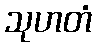
သုဟတံ